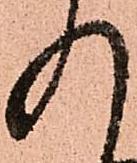
入